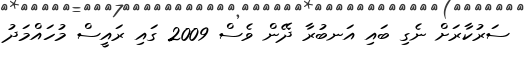
ސަރުކާރަށް ނެގި ބައި އަނބުރާ ދޭން ވެސް 2009 ގައި ރައީސް މުހައްމަދު